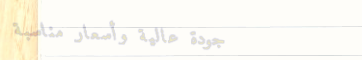
جودة عالية وأسعار مناسبة